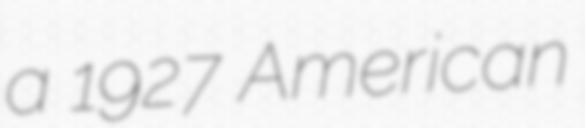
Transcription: a 1927 American